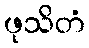
ဖုသိတံ